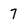
Character: 7